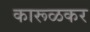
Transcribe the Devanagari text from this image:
कारूळकर